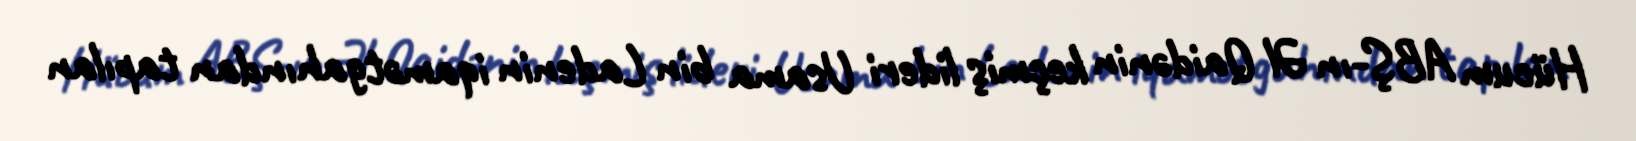
Hücum ABŞ-ın Əl Qaidənin keçmiş lideri Usama bin Ladenin iqamətgahından tapılan